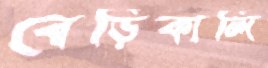
বেড়িকান্দি